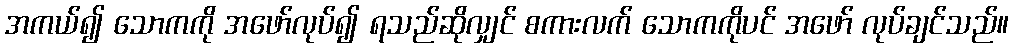
အကယ်၍ သောကကို အဖော်လုပ်၍ ရသည်ဆိုလျှင် စကားလက် သောကကိုပင် အဖော် လုပ်ချင်သည်။